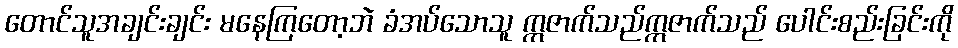
တောင်သူအချင်းချင်း မနေကြတော့ဘဲ ခံအပ်သောသူ ဣဇာက်သည်ဣဇာက်သည် ပေါင်းစည်းခြင်းကို